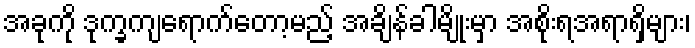
အခုကို ဒုက္ခကျရောက်တော့မည့် အချိန်ခါမျိုးမှာ အစိုးရအရာရှိများ၊